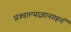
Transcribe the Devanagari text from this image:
प्रज्वाल्याज्ञानगहनं